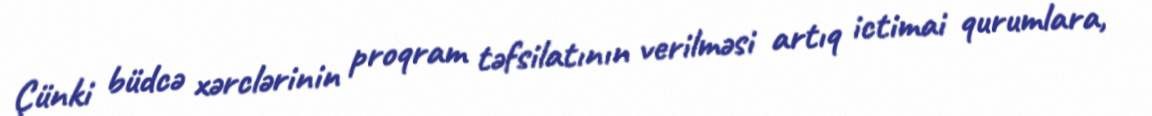
Çünki büdcə xərclərinin proqram təfsilatının verilməsi artıq ictimai qurumlara,